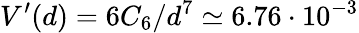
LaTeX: V^{\prime}(d)=6C_{6}/d^{7}\simeq 6.76\cdot 10^{-3}